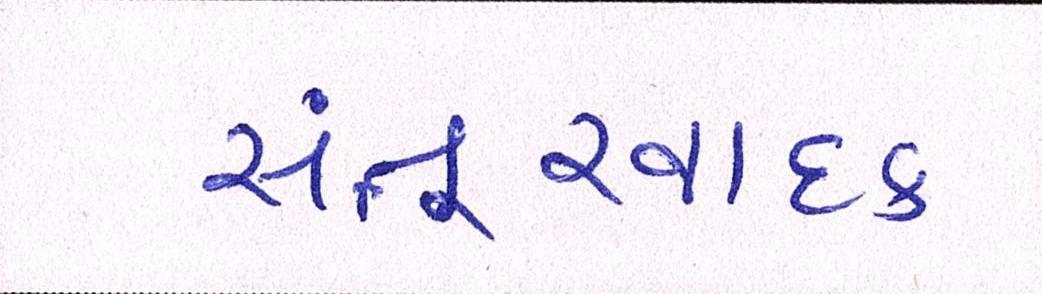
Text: સંતૂરવાદક